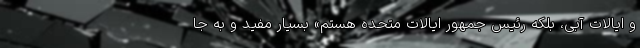
و ایالات آبی، بلکه رئیس جمهور ایالات متحده هستم» بسیار مفید و به جا